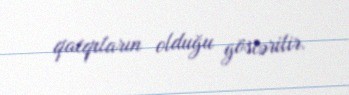
qatqıların olduğu göstərilir.